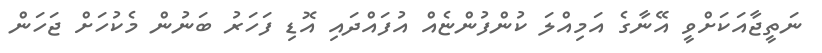
ނަތީޖާއަކަށްވީ އޭނާގެ އަމިއްލަ ކުންފުންޏެއް އުފައްދައި އޮޑި ފަހަރު ބަނުން މެކުހަށް ޖަހަން